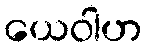
ယေဝါဟ